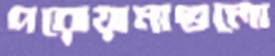
পরোয়ানাগুলো